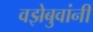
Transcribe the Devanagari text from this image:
वझेबुवांनी